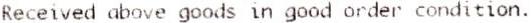
RECEIVED ABOVE GOODS IN GOOD ORDER CONDITION.